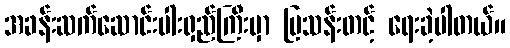
အခန်းဆက်ဆောင်းပါးရှည်ကြီးမှာ မြသန်းတင့် ရေးခဲ့ပါတယ်။